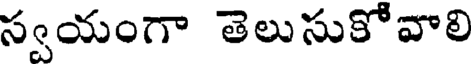
స్వయంగా తెలుసుకోవాలి